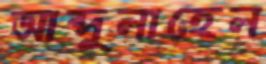
আব্দুলাহেল